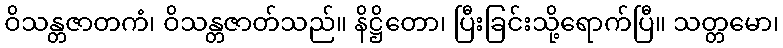
ဝိသန္တဇာတကံ၊ ဝိသန္တဇာတ်သည်။ နိဋ္ဌိတော၊ ပြီးခြင်းသို့ရောက်ပြီ။ သတ္တမော၊